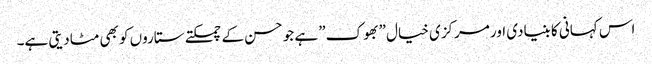
اس کہانی کا بنیادی اور مرکزی خیال ”بھوک” ہے جو حسن کے چمکتے ستاروں کو بھی مٹادیتی ہے۔